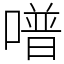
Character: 𠽾